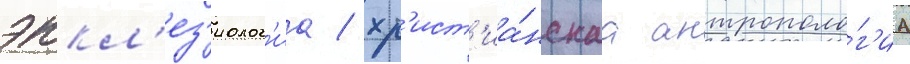
эккл'ез'иолог'иа / хр'ист'иа́нскаа антрополо́г'иа